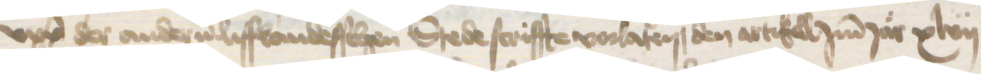
upp der anderen lifflandesschen Stede scriffte vorlaten, den artikell Jmm Jar xlvii